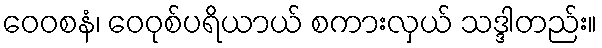
ဝေဝစနံ၊ ဝေဝုစ်ပရိယာယ် စကားလှယ် သဒ္ဒါတည်း။